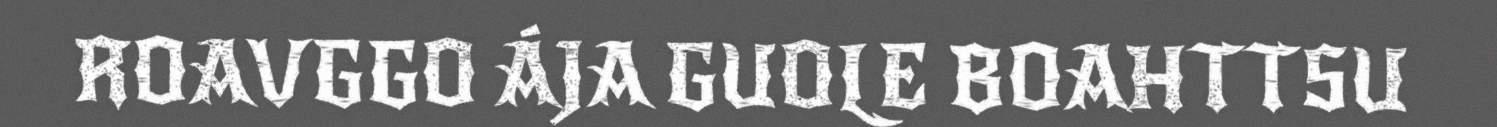
ROAVGGO ÁJA GUOLE BOAHTTSU